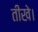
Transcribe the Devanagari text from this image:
तीखे।